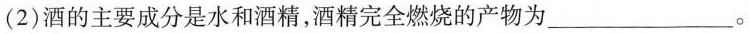
(2) 酒的主要成分是水和酒精，酒精完全燃烧的产物为___ 。